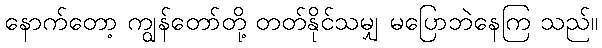
နောက်တော့ ကျွန်တော်တို့ တတ်နိုင်သမျှ မပြောဘဲနေကြ သည်။